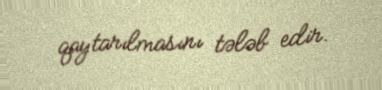
qaytarılmasını tələb edir.